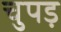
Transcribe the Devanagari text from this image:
चुपड़